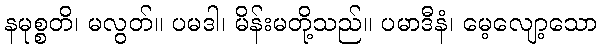
နမုစ္စတိ၊ မလွတ်။ ပမဒါ၊ မိန်းမတို့သည်။ ပမာဒီနံ၊ မေ့လျော့သော